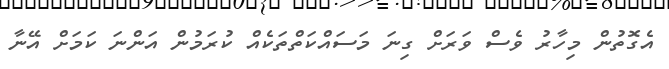
އެގޮތުން މިހާރު ވެސް ވަރަށް ގިނަ މަސައްކަތްތަކެއް ކުރަމުން އަންނަ ކަމަށް އޭނާ